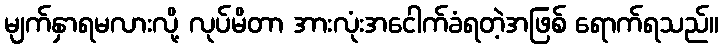
မျက်နှာရမလားလို့ လုပ်မိတာ အားလုံးအငေါက်ခံရတဲ့အဖြစ် ရောက်ရသည်။